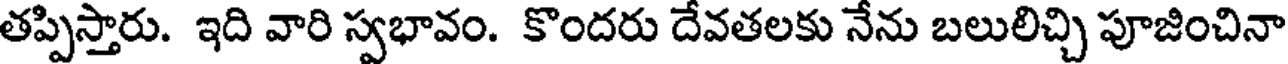
తప్పిస్తారు. ఇది వారి స్వభావం. కొందరు దేవతలకు నేను బలులిచ్చి పూజించినా